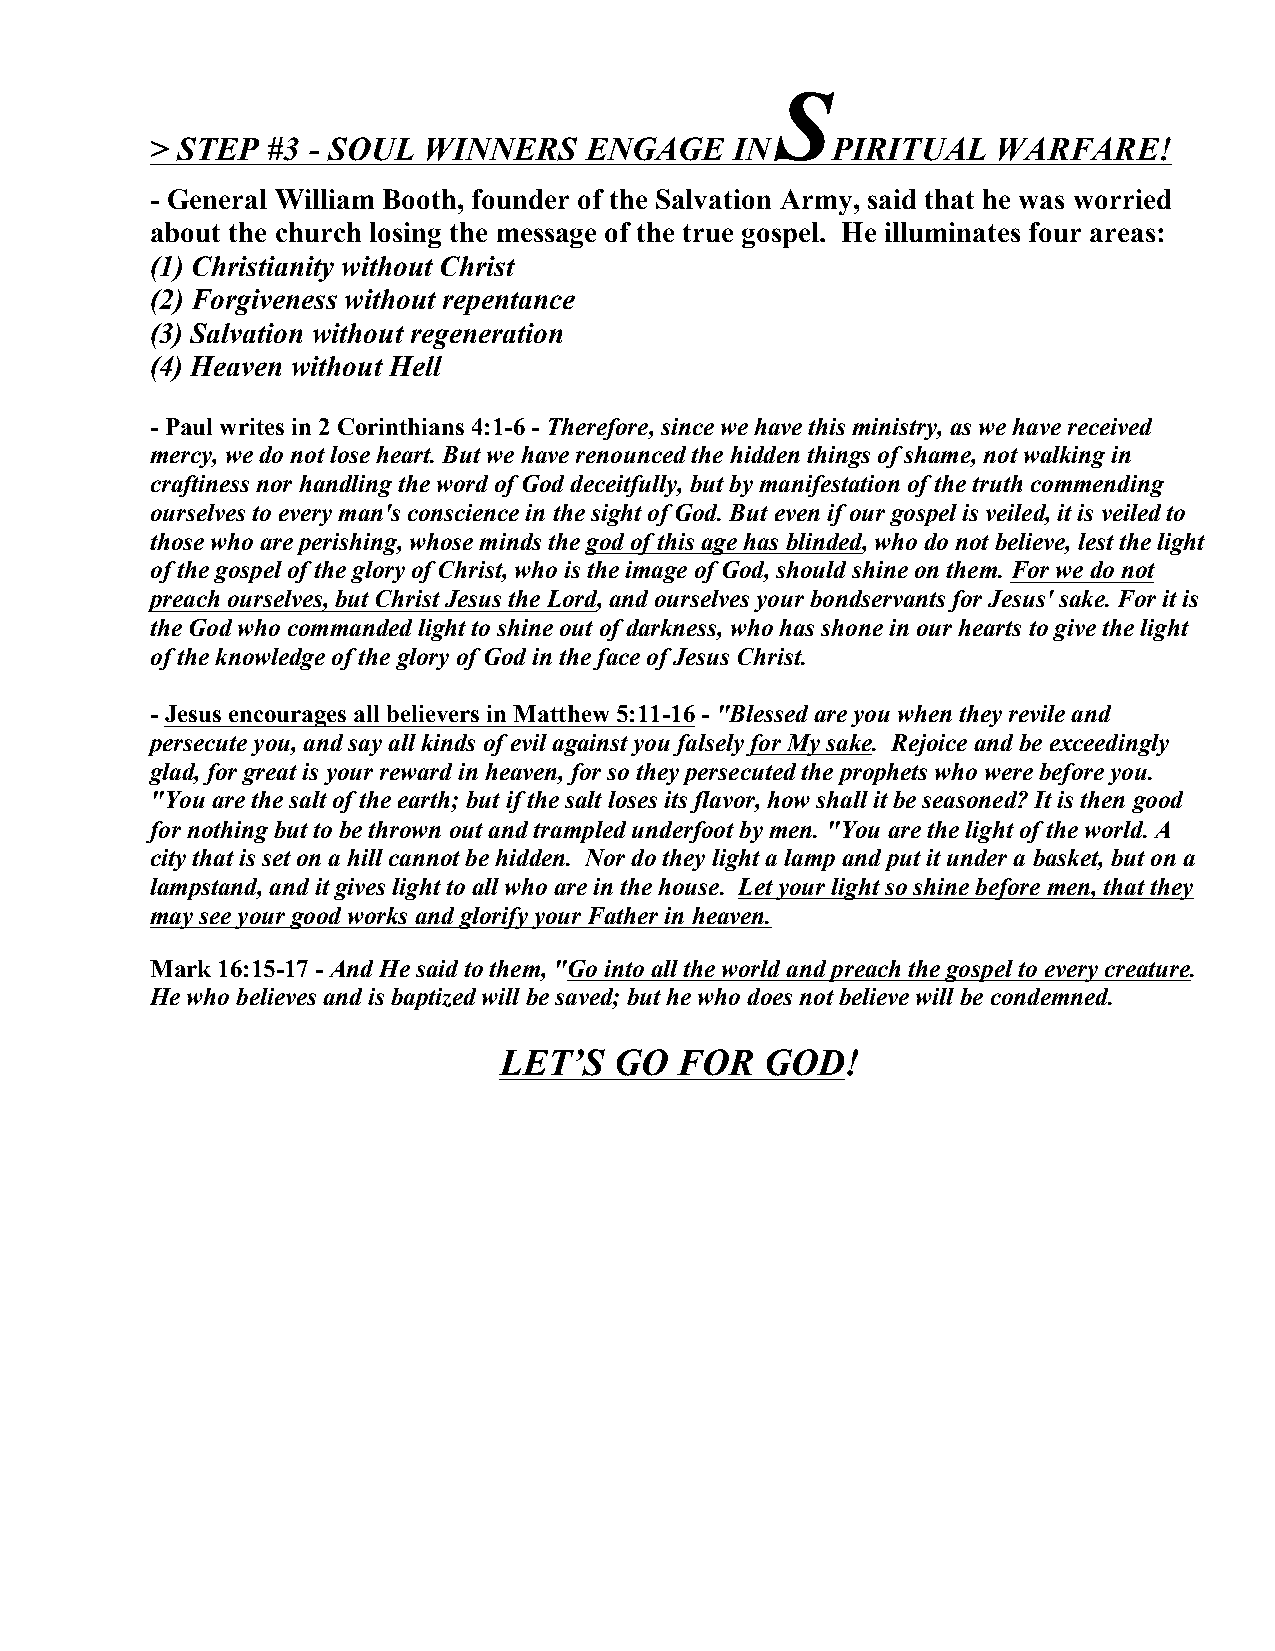
S
 > STEP  #3 - SOUL WINNERS    ENGAGE    IN    PIRITUAL   WARFARE!
 - General William Booth, founder of the Salvation Army, said that he was worried
 about the church losing the message of the true gospel. He illuminates four areas:
 (1) Christianity without Christ
 (2) Forgiveness without repentance
 (3) Salvation without regeneration
 (4) Heaven without Hell
 - Paul writes in 2 Corinthians 4:1-6 - Therefore, since we have this ministry, as we have received
 mercy, we do not lose heart. But we have renounced the hidden things of shame, not walking in
 craftiness nor handling the word of God deceitfully, but by manifestation of the truth commending
 ourselves to every man's conscience in the sight of God. But even if our gospel is veiled, it is veiled to
 those who are perishing, whose minds the god of this age has blinded, who do not believe, lest the light
 of the gospel of the glory of Christ, who is the image of God, should shine on them. For we do not
 preach ourselves, but Christ Jesus the Lord, and ourselves your bondservants for Jesus' sake. For it is
 the God who commanded light to shine out of darkness, who has shone in our hearts to give the light
 of the knowledge of the glory of God in the face of Jesus Christ.
 - Jesus encourages all believers in Matthew 5:11-16 - "Blessed are you when they revile and
 persecute you, and say all kinds of evil against you falsely for My sake. Rejoice and be exceedingly
 glad, for great is your reward in heaven, for so they persecuted the prophets who were before you.
 "You are the salt of the earth; but if the salt loses its flavor, how shall it be seasoned? It is then good
 for nothing but to be thrown out and trampled underfoot by men. "You are the light of the world. A
 city that is set on a hill cannot be hidden. Nor do they light a lamp and put it under a basket, but on a
 lampstand, and it gives light to all who are in the house. Let your light so shine before men, that they
 may see your good works and glorify your Father in heaven.
 Mark 16:15-17 - And He said to them, "Go into all the world and preach the gospel to every creature.
 He who believes and is baptized will be saved; but he who does not believe will be condemned.
 LET’S   GO  FOR   GOD!